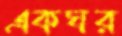
একঘর